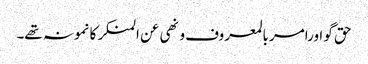
حق گو اورامر بالمعروف و نھی عن المنکر کا نمونہ تھے۔